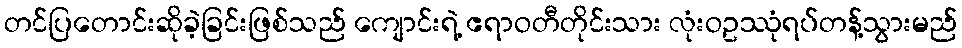
တင်ပြတောင်းဆိုခဲ့ခြင်းဖြစ်သည် ကျောင်းရဲ့ ဧရာဝတီတိုင်းသား လုံးဝဥဿုံရပ်တန့်သွားမည်